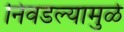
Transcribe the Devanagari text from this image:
निवडल्यामुळे